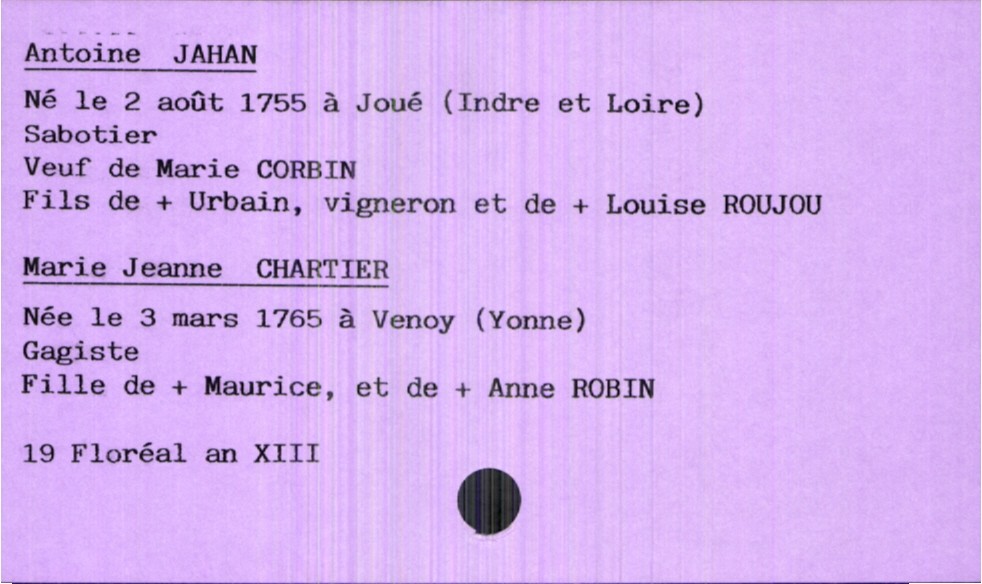
type_acte: Mariage
année: an XIII
mois: floréal
jour: 19
marié_nom: Jahan
marié_prénom: Antoine
marié_profession: sabotier
marié_date_de_naissance: 2 août 1755
marié_lieu_de_naissance: Joué (Indre et Loire)
marié_statut: veuf
père_marié_nom: Jahan
père_marié_prénom: Urbain
père_marié_profession: vigneron
père_marié_statut: décédé
mère_marié_nom: Roujou
mère_marié_prénom: Louise
mère_marié_statut: décédée
mariée_nom: Chartier
mariée_prénom: Marie Jeanne
mariée_profession: gagiste
mariée_date_de_naissance: 3 mars 1765
mariée_lieu_de_naissance: Venoy (Yonne)
père_mariée_nom: Chartier
père_mariée_prénom: Maurice
père_mariée_statut: décédé
mère_mariée_nom: Robin
mère_mariée_prénom: Anne
mère_mariée_statut: décédée